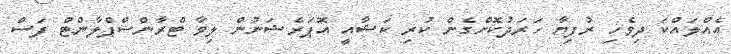
އެއްލައްކަ ދިވެހި ރުފިޔާ ހަރަދުކޮށްގެން ކުރި ކަޝާއީ އޮޕަރެޝަނުން ލިވާ ޓްރާންސްޕްލާންޓް ފަސް